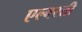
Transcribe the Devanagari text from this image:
एल्बरती